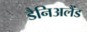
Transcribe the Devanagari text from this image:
डैनिअलैंड